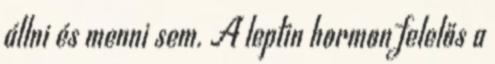
állni és menni sem. A leptin hormon felelős a